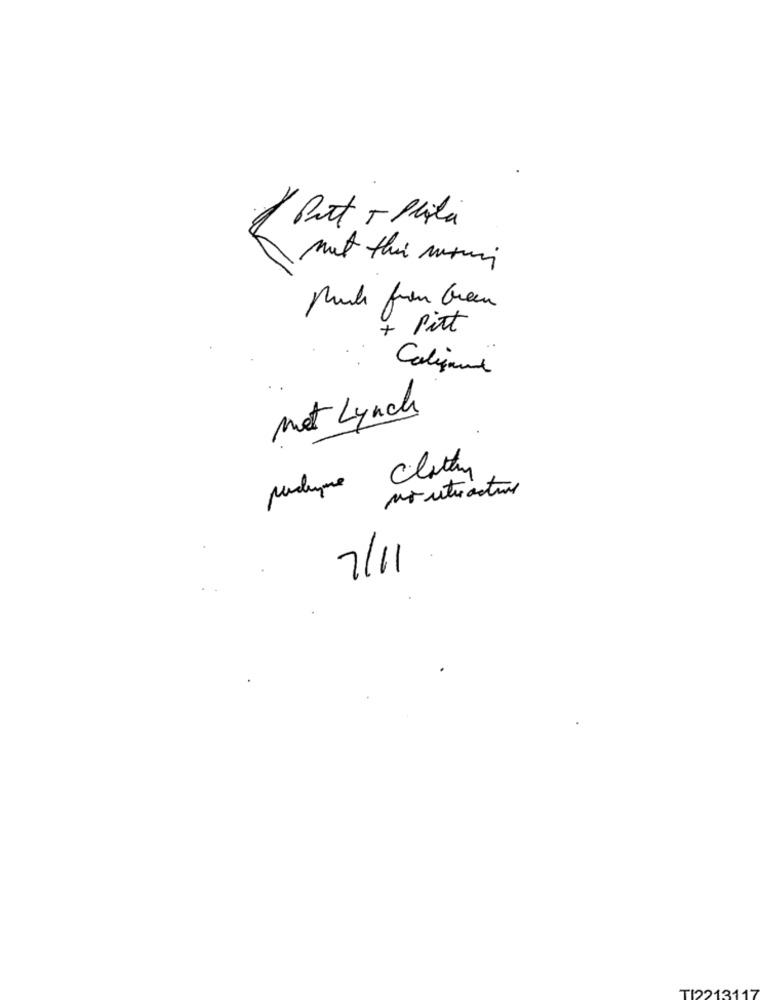
But + Pila
Pitt
Califund
met Lynch
polype Clotting
moutuacture
7/11
TI22131